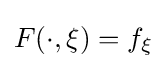
F(\cdot ,\xi )=f_{\xi }